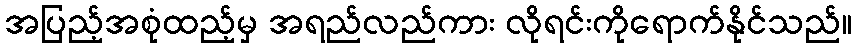
အပြည့်အစုံထည့်မှ အရည်လည်ကား လိုရင်းကိုရောက်နိုင်သည်။